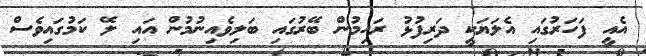
އެއީ ފަހަރުގައި އެލަޔަކީ ދަރިފުޅު ރަހިމުން ބޭރުގައި ބަލިވެއިނުމުން އައި ލޭ ކަމުގައިވެސް